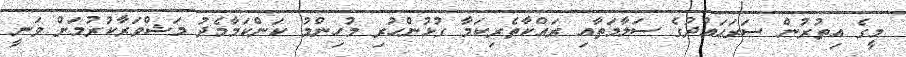
މީގެ އިތުރުން ސަރަޙައްދުގެ ސަލާމަތާއި ރައްކާތެރިކަމާ ގުޅުުންހުރި މުހިންމު ކަންކަމާމެދު މަޝްވަރާކުރުމަށް ވަނީ